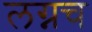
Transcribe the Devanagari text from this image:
लग्नच